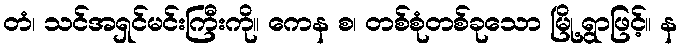
တံ၊ သင်အရှင်မင်းကြီးကို။ ကေန စ၊ တစ်စုံတစ်ခုသော မြို့ရွာဖြင့်။ န